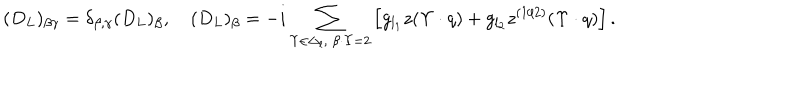
LaTeX: ( D _ { L } ) _ { \beta \gamma } = \delta _ { \beta , \gamma } ( D _ { L } ) _ { \beta } , \quad ( D _ { L } ) _ { \beta } = - i \sum _ { \Upsilon \in \Delta _ { l } , \ \beta \cdot \Upsilon = 2 } \left[ g _ { l _ { 1 } } z ( \Upsilon \cdot q ) + g _ { l _ { 2 } } z ^ { ( 1 / 2 ) } ( \Upsilon \cdot q ) \right] .